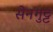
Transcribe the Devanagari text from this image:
सेनगुट्ट